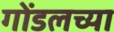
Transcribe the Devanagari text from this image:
गोंडलच्या